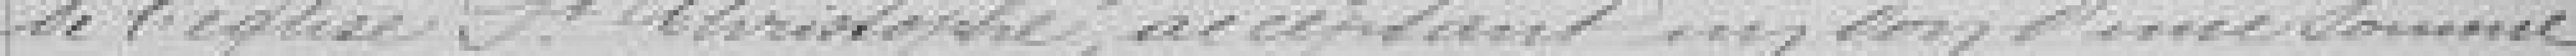
de l'église Saint Christophe, acceptant un don d'une somme